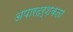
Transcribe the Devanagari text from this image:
अपारदर्शकता